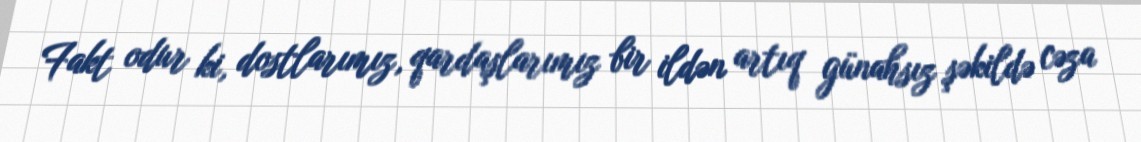
Fakt odur ki, dostlarımız, qardaşlarımız bir ildən artıq günahsız şəkildə cəza